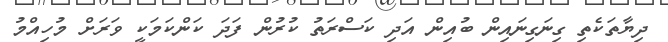
ދިޔާތަކެތި ގިނަގިނައިން ބުއިން އަދި ކަސްރަތު ކުރުން ފަދަ ކަންކަމަކީ ވަރަށް މުހިއްމު